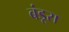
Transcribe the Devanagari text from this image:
बंडूरा